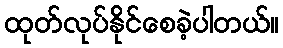
ထုတ်လုပ်နိုင်စေခဲ့ပါတယ်။